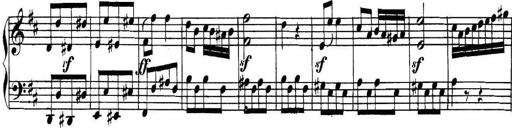
Title: Collected Piano Sonatas
Composer: Muzio Clementi